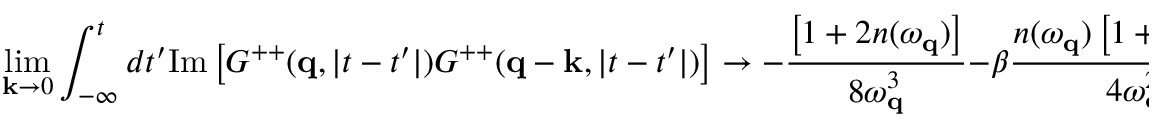
\operatorname * { l i m } _ { { \bf k } \to 0 } \int _ { - \infty } ^ { t } d t ^ { \prime } \mathrm { I m } \left[ G ^ { + + } ( { \bf q } , | t - t ^ { \prime } | ) G ^ { + + } ( { \bf q } - { \bf k } , | t - t ^ { \prime } | ) \right] \to - \frac { \left[ 1 + 2 n ( \omega _ { { \bf q } } ) \right] } { 8 \omega _ { { \bf q } } ^ { 3 } } - \beta \frac { n ( \omega _ { { \bf q } } ) \left[ 1 + n ( \omega _ { { \bf q } } ) \right] } { 4 \omega _ { { \bf q } } ^ { 2 } } + { \cal O } \left( \frac { \Gamma ^ { 2 } } { \omega ^ { 2 } } \right) \; .